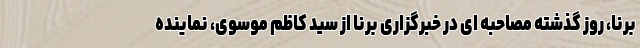
برنا، روز گذشته مصاحبه ای در خبرگزاری برنا از سید کاظم موسوی، نماینده